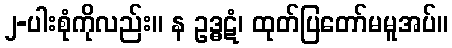
၂-ပါးစုံကိုလည်း။ န ဥဒ္ဓဋံ၊ ထုတ်ပြတော်မမူအပ်။